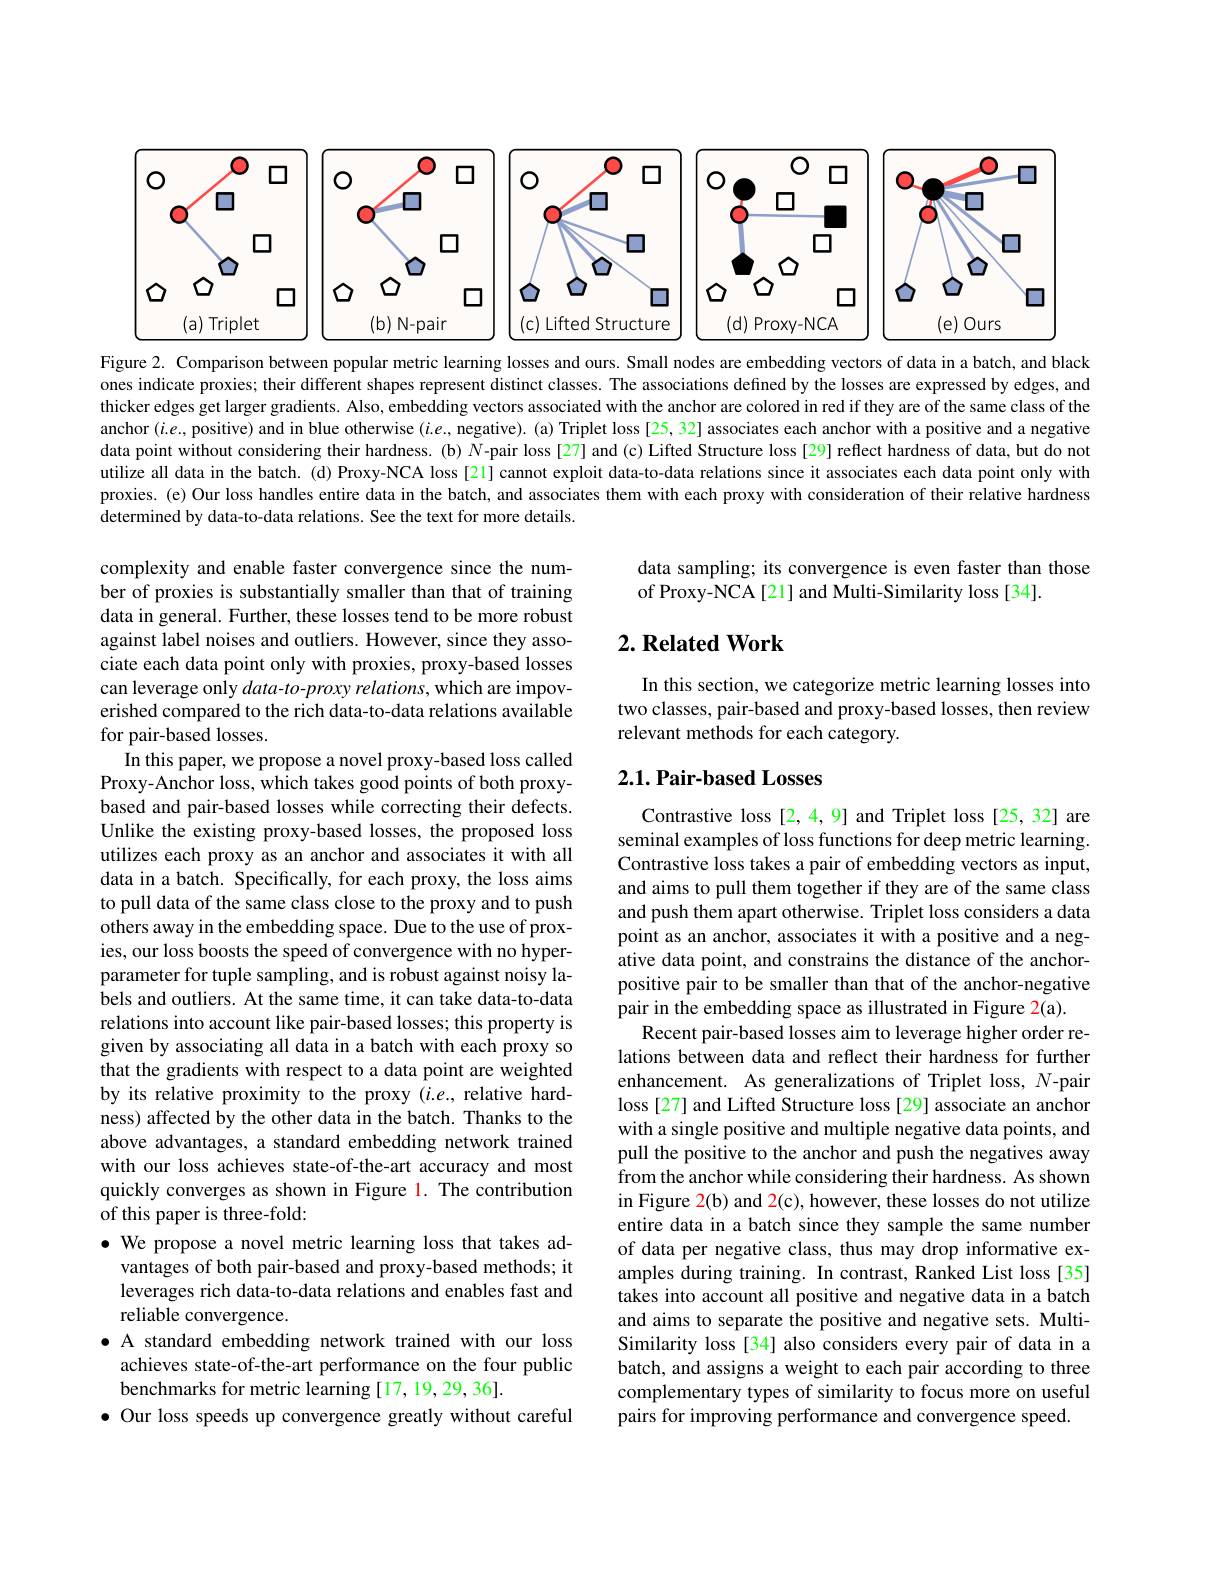
<table>
	<tbody>
		<tr>
			<td>$\square$ $O$</td>
			<td>$\mathbf{O}$ $O$ 1</td>
			<td>口 $O$</td>
			<td>$O$ $\square$</td>
			<td>T $\frac{1}{2}$ $\frac{1}{2}$</td>
			<td>O 口</td>
		</tr>
		<tr>
			<td>口 $O$ 口</td>
			<td>$O$ $\square$ 口</td>
			<td>口 $O$ 口</td>
			<td>$\square$ 口</td>
			<td>二 口</td>
			<td>口 口</td>
		</tr>
		<tr>
			<td>$\hat{C}$ 口 $(a)$ Triplet</td>
			<td>$L$ $( b)$ $N- pair$</td>
			<td>(c) Lifted Structure</td>
			<td>口 $Proxv-NCA$</td>
			<td>(e)Ours</td>
			<td>(e) Ours</td>
		</tr>
		<tr>
			<td>$(a)$ Triplet</td>
			<td>(b$)\cap$ N-pair</td>
			<td>Lifted Structure (c)</td>
			<td>$Proxv-NCA$</td>
			<td>(e) $10urs$</td>
			<td>(e)Ours T</td>
		</tr>
	</tbody>
</table>

Figure 2. Comparison between popular metric learning losses and ours. Small nodes are embedding vectors of data in a batch, and black ones indicate proxies; their different shapes represent distinct classes. The associations defined by the losses are expressed by edges, and thicker edges get larger gradients. Also, embedding vectors associated with the anchor are colored in red if they are of the same class of the anchor $(i.e.$, positive) and in blue otherwise $(i.e.$, negative). (a) Triplet loss[25,32] associates each anchor with a positive and a negative data point without considering their hardness. (b) $N$-pair loss[27] and (c) Lifted Structure loss[29] reflect hardness of data, but do not utilize all data in the batch. (d) Proxy-NCA loss [21] cannot exploit data-to-data relations since it associates each data point only with proxies. (e) Our loss handles entire data in the batch, and associates them with each proxy with consideration of their relative hardness determined by data-to-data relations. See the text for more details.

data sampling; its convergence is even faster than those
of Proxy-NCA[21] and Multi-Similarity loss[34].

## $2. \textbf{Related Work}$

In this section, we categorize metric learning losses into two classes, pair-based and proxy-based losses, then review relevant methods for each category.

# $2. 1. \textbf{Pair- based Losses}$

complexity and enable faster convergence since the number of proxies is substantially smaller than that of training data in general. Further, these losses tend to be more robust against label noises and outliers. However, since they associate each data point only with proxies, proxy-based losses can leverage only data-to-proxy relations, which are impoverished compared to the rich data-to-data relations available for pair-based losses.
In this paper, we propose a novel proxy-based loss called Proxy-Anchor loss, which takes good points of both proxybased and pair-based losses while correcting their defects. Unlike the existing proxy-based losses, the proposed loss utilizes each proxy as an anchor and associates it with all data in a batch. Specifically, for each proxy, the loss aims to pull data of the same class close to the proxy and to push others away in the embedding space. Due to the use of proxies, our loss boosts the speed of convergence with no hyperparameter for tuple sampling, and is robust against noisy labels and outliers. At the same time, it can take data-to-data relations into account like pair-based losses; this property is given by associating all data in a batch with each proxy so that the gradients with respect to a data point are weighted by its relative proximity to the proxy $(i.e.$, relative hardness) affected by the other data in the batch. Thanks to the above advantages, a standard embedding network trained with our loss achieves state-of-the-art accuracy and most quickly converges as shown in Figure 1. The contribution of this paper is three-fold:
$\bullet$ We propose a novel metric learning loss that takes ad-
vantages of both pair-based and proxy-based methods; it leverages rich data-to-data relations and enables fast and reliable convergence.
· A standard embedding network trained with our loss
achieves state-of-the-art performance on the four public
benchmarks for metric learning [17,19,29,36].
$\bullet$ Our loss speeds up convergence greatly without careful

Contrastive loss [2,4,9] and Triplet loss [25,32] are seminal examples of loss functions for deep metric learning. Contrastive loss takes a pair of embedding vectors as input, and aims to pull them together if they are of the same class and push them apart otherwise. Triplet loss considers a data point as an anchor, associates it with a positive and a negative data point, and constrains the distance of the anchorpositive pair to be smaller than that of the anchor-negative pair in the embedding space as illustrated in Figure 2(a).
Recent pair-based losses aim to leverage higher order relations between data and reflect their hardness for further enhancement. As generalizations of Triplet loss, $N$-pair loss [27] and Lifted Structure loss [29] associate an anchor with a single positive and multiple negative data points, and pull the positive to the anchor and push the negatives away from the anchor while considering their hardness. As shown in Figure 2(b) and 2(c), however, these losses do not utilize entire data in a batch since they sample the same number of data per negative class, thus may drop informative examples during training. In contrast, Ranked List loss [35] takes into account all positive and negative data in a batch and aims to separate the positive and negative sets. MultiSimilarity loss[34] also considers every pair of data in a batch, and assigns a weight to each pair according to three complementary types of similarity to focus more on useful pairs for improving performance and convergence speed.